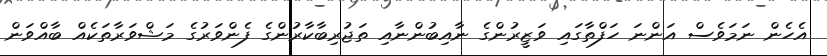
އެހެން ނަމަވެސް އަންނަ ހަފްތާގައި ވަޒީރުންގެ ނާއިބުންނާއި ތަޖުރިބާކާރުންގެ ފެންވަރުގެ މަޝްވަރާތަކެއް ބާއްވަން